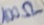
Text: 100Ω